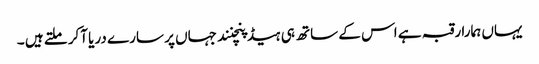
یہاں ہمارا رقبہ ہے اس کے ساتھ ہی ہیڈ پنچنند جہاں پر سارے دریا آکر ملتے ہیں ۔